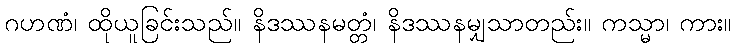
ဂဟဏံ၊ ထိုယူခြင်းသည်။ နိဒဿနမတ္တံ၊ နိဒဿနမျှသာတည်း။ ကသ္မာ၊ ကား။